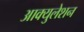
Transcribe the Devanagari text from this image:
आक्युलेशन